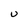
Character: U